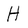
Character: H